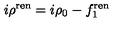
i \rho ^ { { \mathrm { \scriptsize r e n } } } = i \rho _ { 0 } - f _ { 1 } ^ { { \mathrm { \scriptsize r e n } } }